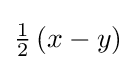
{\textstyle {\frac {1}{2}}\left(x-y\right)}